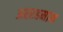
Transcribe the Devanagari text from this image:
अररहमान